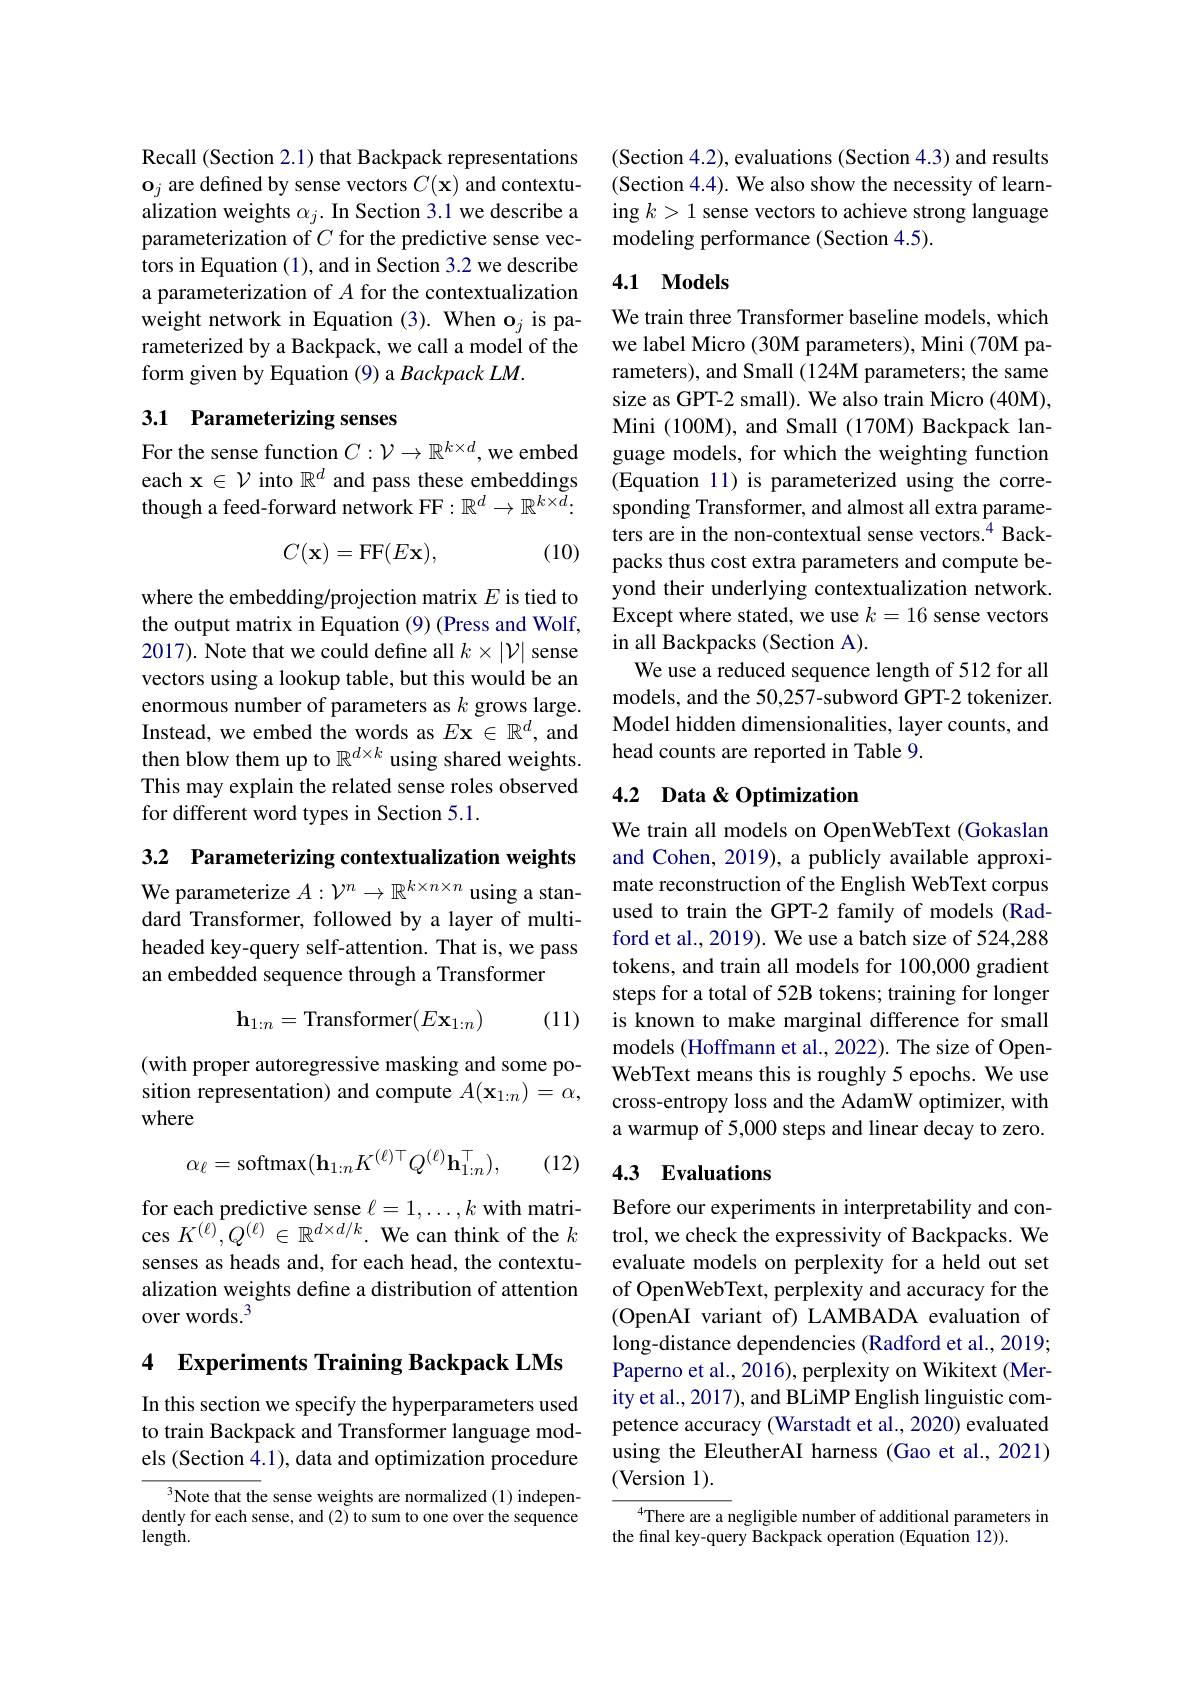
Recall (Section 2.1) that Backpack representations $\mathbf{o}_{j}$ are defined by sense vectors $C(\mathbf{x})$ and contextualization weights $\alpha_j.$ In Section 3.1 we describe a parameterization of $C$ for the predictive sense vectors in Equation (1), and in Section 3.2 we describe a parameterization of $A$ for the contextualization weight network in Equation (3). When o$_j$ is parameterized by a Backpack, we call a model of the form given by Equation (9) a Backpack LM.

## 3.1 Parameterizing senses

For the sense function $C:\mathcal{V}\to\mathbb{R}^{k\times d}$,we embed each $\mathbf{x}\in\mathcal{V}$ into $\mathbb{R}^d$ and pass these embeddings though a feed-forward network FF$:\mathbb{R}^d\to\mathbb{R}^{k\times\tilde{d}}.$

(10)
$$C(\mathbf{x})=\mathrm{FF}(E\mathbf{x}),$$
where the embedding/projection matrix $E$ is tied to the output matrix in Equation (9) (Press and Wolf, 2017). Note that we could define all $k\times|\mathcal{V}|$ sense vectors using a lookup table, but this would be an enormous number of parameters as $k$ grows large. Instead, we embed the words as $E\mathbf{x}\in\mathbb{R}^d$, and then blow them up to $\mathbb{R}^d\times k$ using shared weights. This may explain the related sense roles observed for different word types in Section 5.1.

3.2 Parameterizing contextualization weights

We parameterize $A:\mathcal{V}^n\to\mathbb{R}^{k\times n\times n}$ using a standard Transformer, followed by a layer of multiheaded key-query self-attention. That is, we pass an embedded sequence through a Transformer
$$\mathbf h_{1:n}=\text{Transformer}(E\mathbf x_{1:n})$$
(11)

(with proper autoregressive masking and some position representation) and compute $A(\mathbf{x}_{1:n})=\alpha$, where
$$\alpha_\ell=\mathrm{softmax}(\mathbf{h}_{1:n}K^{(\ell)\top}Q^{(\ell)}\mathbf{h}_{1:n}^\top),$$
(12)

for each predictive sense $\ell=1,\ldots,k$ with matrices $K^{(\ell)},Q^{(\ell)}\in\mathbb{R}^{d\times d/k}.$ We can think of the $k$ senses as heads and, for each head, the contextualization weights define a distribution of attention over words.$^3$

## 4 Experiments Training Backpack LMs

In this section we specify the hyperparameters used to train Backpack and Transformer language models (Section 4.1), data and optimization procedure

Note that the sense weights are normalized (1) independently for each sense, and (2) to sum to one over the sequence length.

(Section 4.2), evaluations (Section 4.3) and results (Section 4.4). We also show the necessity of learning $k>1$ sense vectors to achieve strong language modeling performance (Section 4.5).

### 4.1 Models

We train three Transformer baseline models, which we label Micro (30M parameters), Mini (70M parameters), and Small (124M parameters; the same size as GPT-2 small). We also train Micro (40M), Mini (100M), and Small (170M) Backpack language models, for which the weighting function (Equation 11) is parameterized using the corresponding Transformer, and almost all extra parameters are in the non-contextual sense vectors.$^{4}$ Backpacks thus cost extra parameters and compute beyond their underlying contextualization network. Except where stated, we use $k=16$ sense vectors in all Backpacks (Section A).
We use a reduced sequence length of 512 for all models, and the 50,257-subword GPT-2 tokenizer. Model hidden dimensionalities, layer counts, and head counts are reported in Table 9.

## 4.2 Data & Optimization

We train all models on OpenWebText (Gokaslan and Cohen, 2019), a publicly available approximate reconstruction of the English WebText corpus used to train the GPT-2 family of models (Radford et al., 2019). We use a batch size of 524,288 tokens, and train all models for 100,000 gradient steps for a total of 52B tokens; training for longer is known to make marginal difference for small models (Hoffmann et al., 2022). The size of OpenWebText means this is roughly 5 epochs. We use cross-entropy loss and the AdamW optimizer, with a warmup of 5,000 steps and linear decay to zero

## 4.3 Evaluations

Before our experiments in interpretability and control, we check the expressivity of Backpacks. We evaluate models on perplexity for a held out set of OpenWebText, perplexity and accuracy for the (OpenAI variant of) LAMBADA evaluation of long-distance dependencies (Radford et al., 2019; Paperno et al., 2016), perplexity on Wikitext (Merity et al., 2017), and BLiMP English linguistic competence accuracy (Warstadt et al., 2020) evaluated using the EleutherAI harness (Gao et al., 2021) (Version 1).

There are a negligible number of additional parameters in
the final key-query Backpack operation (Equation 12)).